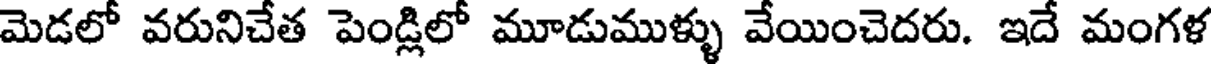
మెడలో వరునిచేత పెండ్లిలో మూడుముళ్ళు వేయించెదరు. ఇదే మంగళ